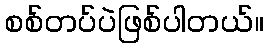
စစ်တပ်ပဲဖြစ်ပါတယ်။